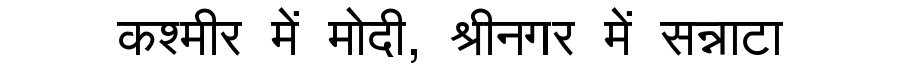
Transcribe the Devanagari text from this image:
कश्मीर में मोदी, श्रीनगर में सन्नाटा